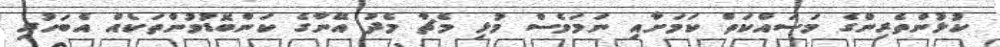
ކުޅުންތެރިންގެ މަސައްކަތް ކަމަށާއި ނަމަވެސް މުޅި މެޗާ މެދު އޭނާގެ ކަންބޮޑުވުންތަކެއް އެބަހުރި